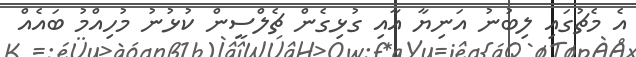
އެ މެޗުގައި ލިބުނު އަނިޔާ އާއި ގުޅިގެން ޗެލްސީން ކުޅުނު މުހިއްމު ބައެއް